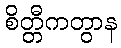
စိတ္တီကတွာန